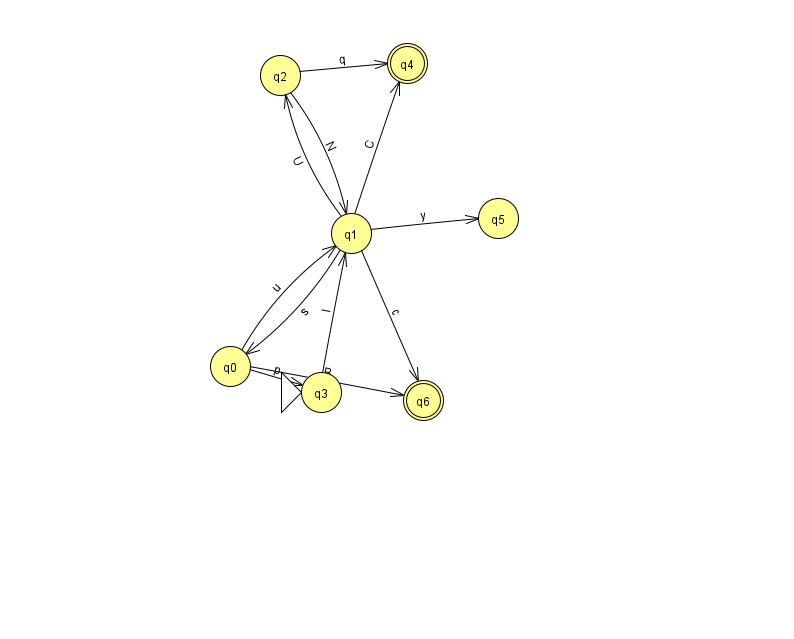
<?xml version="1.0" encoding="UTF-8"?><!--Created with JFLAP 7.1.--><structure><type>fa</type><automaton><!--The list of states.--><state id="0" name="q0"><x>230.0</x><y>353.0</y></state><state id="1" name="q1"><x>351.0</x><y>220.0</y></state><state id="2" name="q2"><x>280.0</x><y>62.0</y></state><state id="3" name="q3"><x>321.0</x><y>379.0</y><initial/></state><state id="4" name="q4"><x>407.0</x><y>50.0</y><final/></state><state id="5" name="q5"><x>498.0</x><y>205.0</y></state><state id="6" name="q6"><x>423.0</x><y>387.0</y><final/></state><!--The list of transitions.--><transition><from>0</from><to>1</to><read>u</read></transition><transition><from>1</from><to>6</to><read>c</read></transition><transition><from>3</from><to>1</to><read>l</read></transition><transition><from>1</from><to>5</to><read>y</read></transition><transition><from>0</from><to>6</to><read>B</read></transition><transition><from>1</from><to>0</to><read>s</read></transition><transition><from>2</from><to>1</to><read>N</read></transition><transition><from>2</from><to>4</to><read>q</read></transition><transition><from>0</from><to>3</to><read>p</read></transition><transition><from>1</from><to>2</to><read>U</read></transition><transition><from>1</from><to>4</to><read>C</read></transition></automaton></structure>